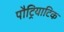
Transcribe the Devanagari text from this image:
पौट्रियाटिक